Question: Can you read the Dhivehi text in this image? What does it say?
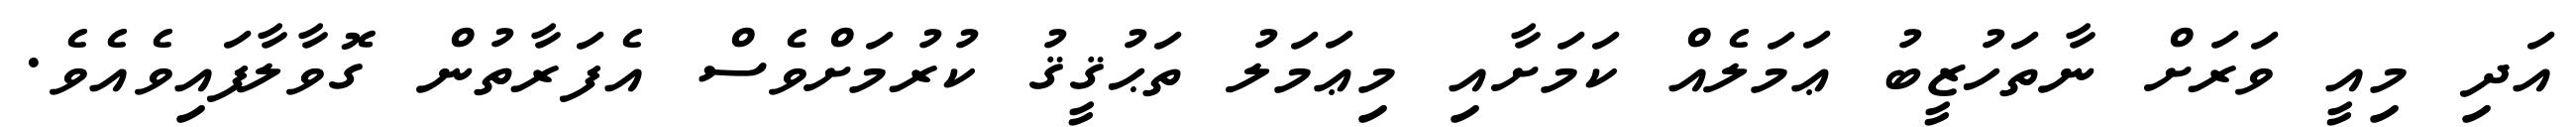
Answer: އަދި މިއީ ވަރަށް ނާތަހުޒީބު ޢަމަލެއް ކަމަށާއި މިޢަމަލު ތަޙުޤީޤު ކުރުމަށްވެސް އެފަރާތުން ގޮވާލާފައިވެއެވެ.